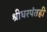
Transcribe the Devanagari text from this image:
श्रीधरपंतही